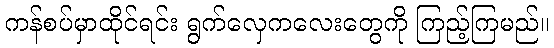
ကန်စပ်မှာထိုင်ရင်း ရွက်လှေကလေးတွေကို ကြည့်ကြမည်။